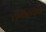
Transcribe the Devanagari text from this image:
समनर्थाक